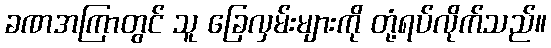
ခဏအကြာတွင် သူ ခြေလှမ်းများကို တုံ့ရပ်လိုက်သည်။